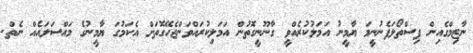
ނާޒިމްގެއިން ފިސްތޯލަފެނުނީމަ ޔާމީނު އަމަލުކުރެއްވީ ގާނޫނީގޮތުން އަމަލިކުރައްވަންޖެހޭގޮތަށް އެކަމުގަ ޔާމީނުގެ މައްސަލައެއް ނެތް.